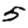
Digit: 5